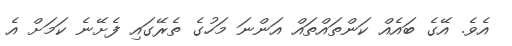
އެވެ. އޭގެ ބައެއް ކަންތައްތައް އަންނަ މަހުގެ ތެރޭގައި ފެށޭނެ ކަމަށް އެ